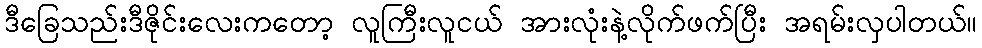
ဒီခြေသည်းဒီဇိုင်းလေးကတော့ လူကြီးလူငယ် အားလုံးနဲ့လိုက်ဖက်ပြီး အရမ်းလှပါတယ်။